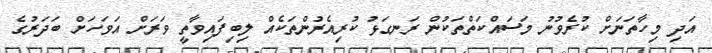
އަދި މިހާތަނަށް ކުރެވުނު މަސައްކަތްތަކުން ރަނގަޅު ކުރިއެރުންތަކެއް ލިބިފައިވާތީ ވަރަށް އަވަހަށް ބަދަރުގެ